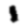
Digit: 1